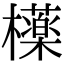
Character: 𣟿